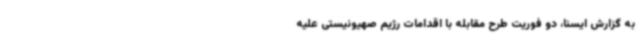
به گزارش ایسنا، دو فوریت طرح مقابله با اقدامات رژیم صهیونیستی علیه